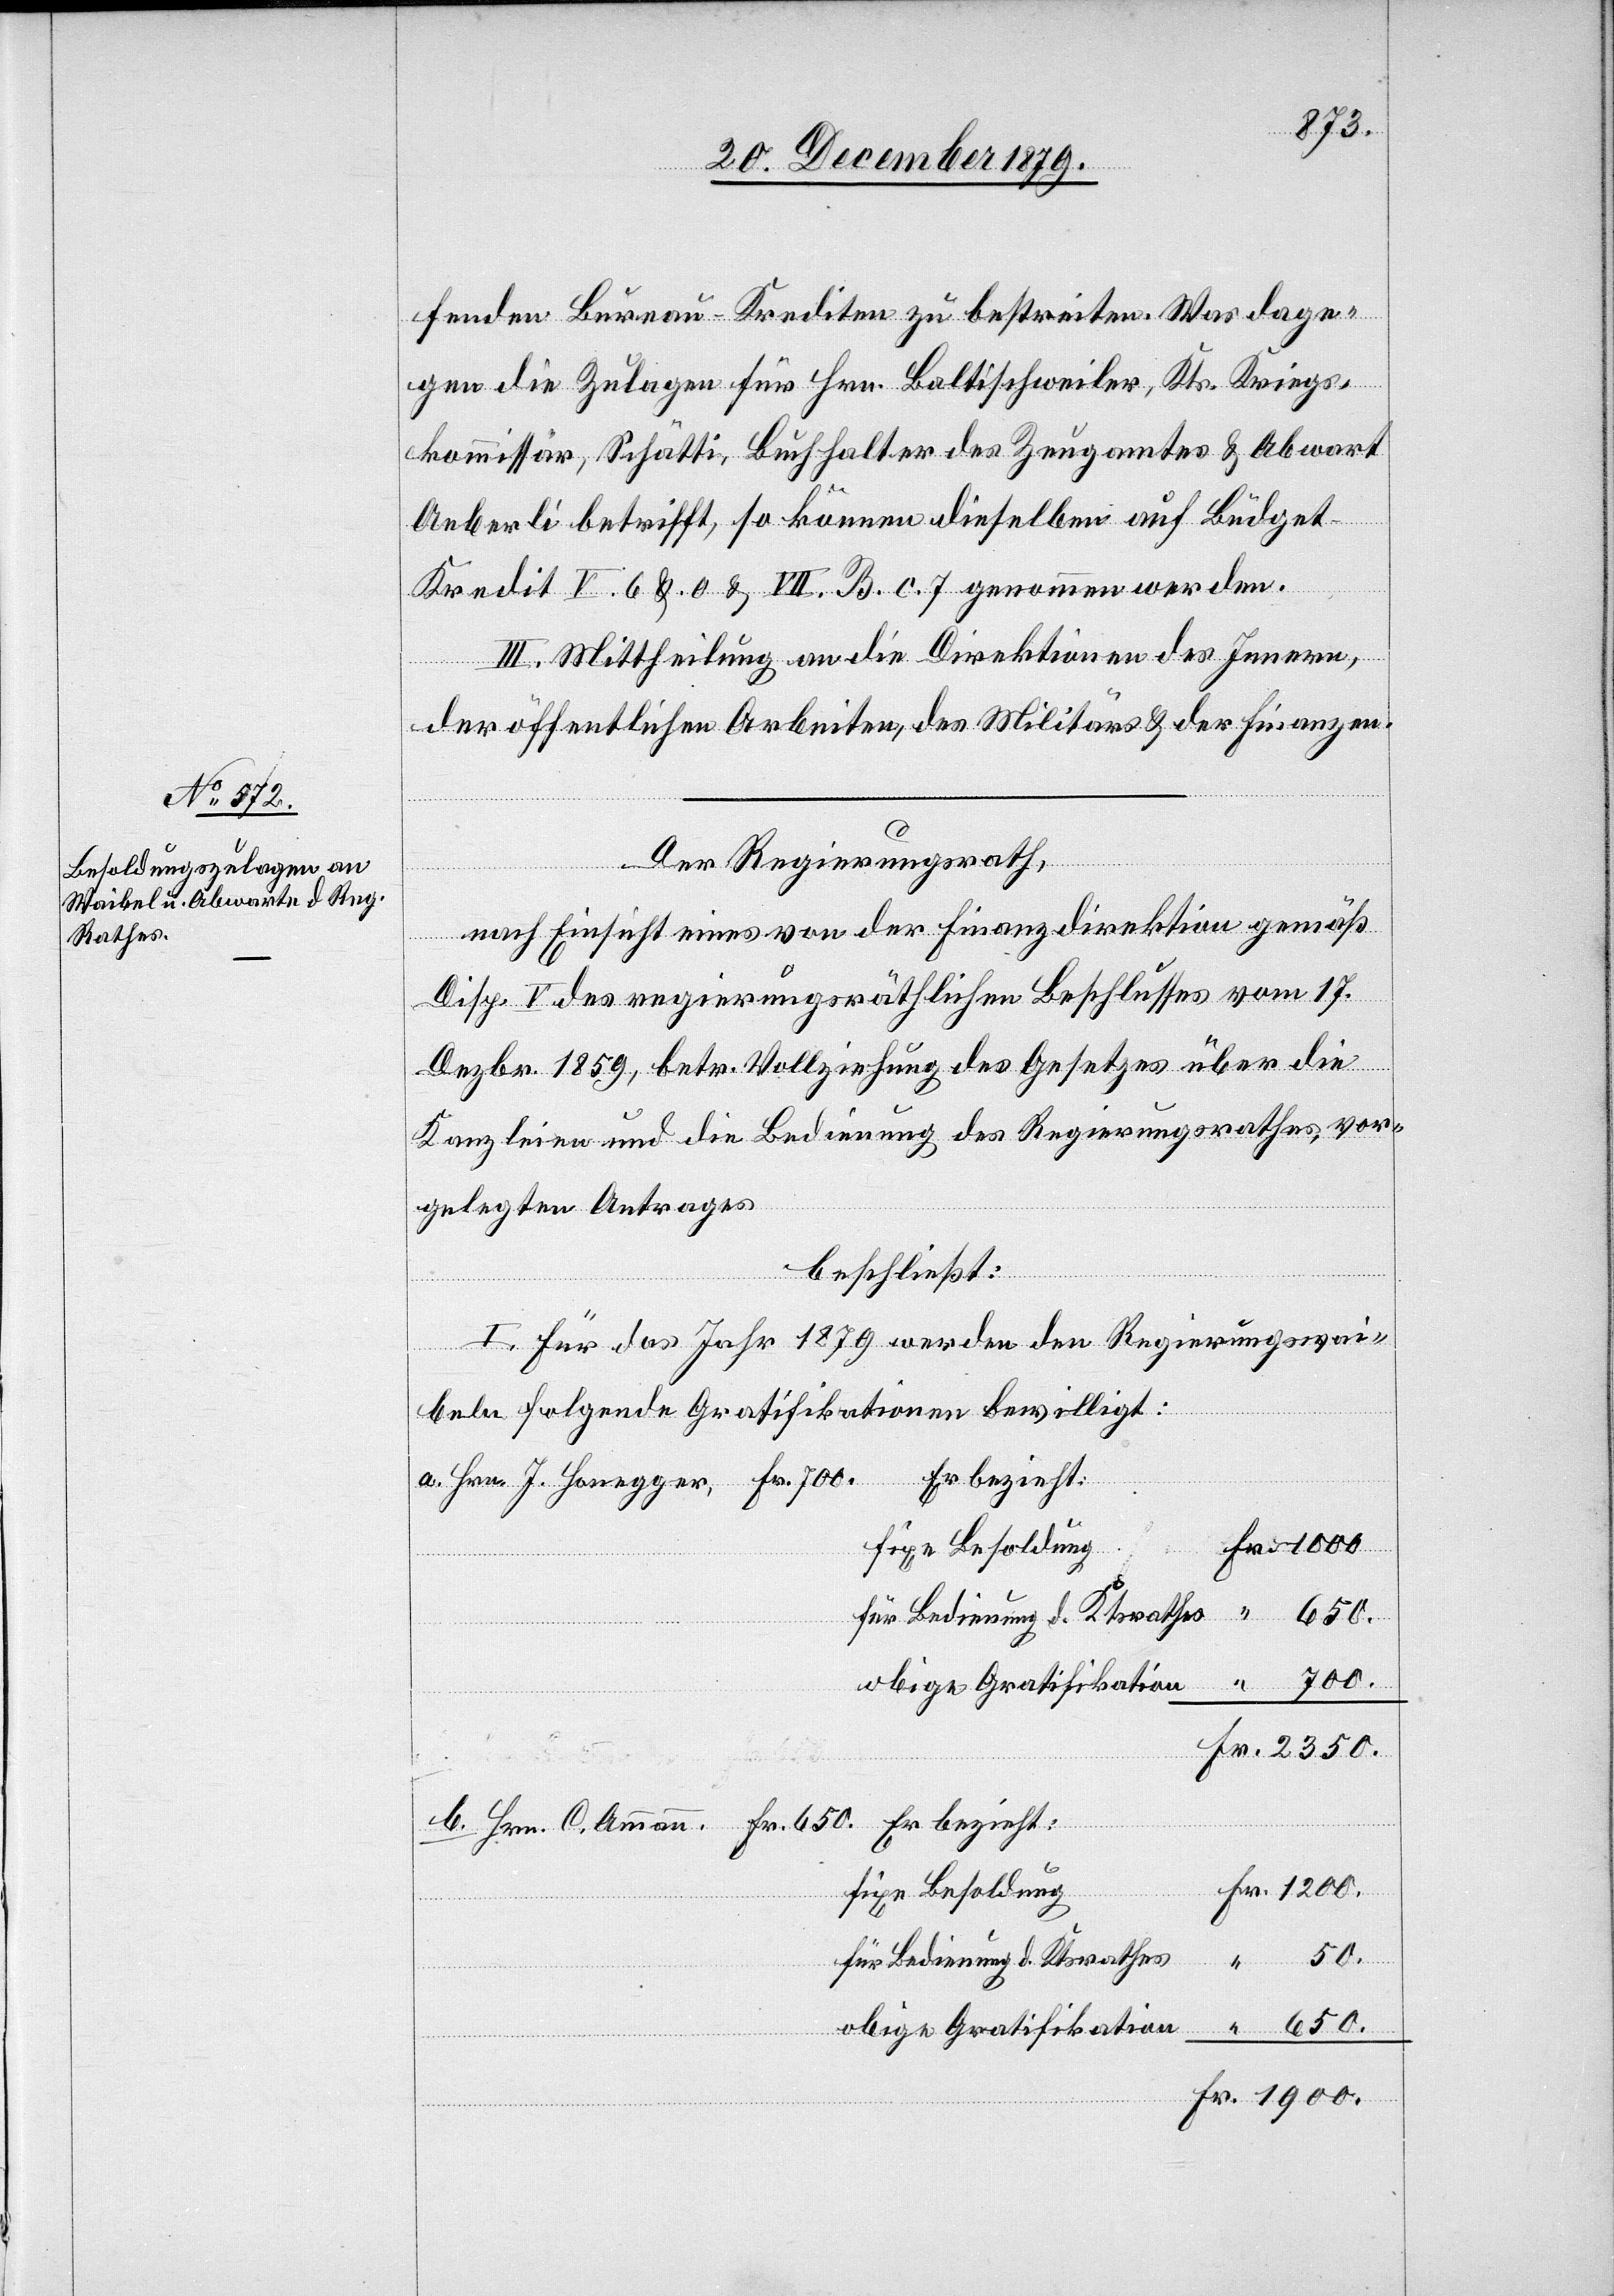
fenden Bureau-Krediten zu bestreiten. Wer dage¬
gen die Zulagen für Hrn. Baltschiweiler, Kts. Kriegs¬
kommissär, Schätti, Buchhalter des Zeugamtes & Abwart
Aeberli betrifft, so können dieselben auf Büdget
Kredit V. 6 b. 0. & VII. B. c. 7 genommen werden.
III. Mittheilung an die Direktion des Innern,
der öffentlichen Arbeiten, des Militärs & der Finanzen.
Der Regierungsrath,
nach Einsicht eines von der Finanzdirektion gemäß
Disp. V des regierungsräthlichen Beschlusses vom 17.
Dezbr. 1859, betr. Vollziehung des Gesetzes über die
Kanzleien und die Bedienung des Regierungsrathes, vor¬
legten Antrages,
beschließt:
I. Für das Jahr 1879 werden den Regierungswai¬
beln folgende Gratifikationen bewilligt:
a. Hrn. J. Honegger, Fr. 700. Er bezieht:
1900.
“
Er bezieht:
b. Hrn. C. Ammann, Fr. 650.
Fr.
fixe Besoldung
650.
für Bedienung d. Ktrathes
650.
obige Gratifikation